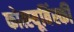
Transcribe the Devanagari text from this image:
कोत्स्यूबिंस्की